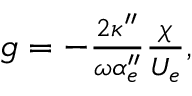
\begin{array} { r } { g = - \frac { 2 \kappa ^ { \prime \prime } } { \omega \alpha _ { e } ^ { \prime \prime } } \frac { \chi } { U _ { e } } , } \end{array}